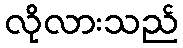
လိုလားသည်